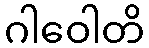
ဂါဝေါတိ